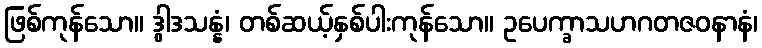
ဖြစ်ကုန်သော။ ဒွါဒသန္နံ၊ တစ်ဆယ့်နှစ်ပါးကုန်သော။ ဥပေက္ခာသဟဂတဇဝနာနံ၊